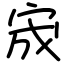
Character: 宬